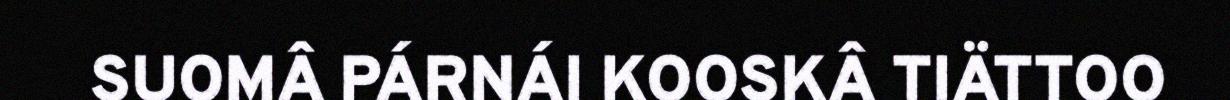
SUOMÂ PÁRNÁI KOOSKÂ TIÄTTOO